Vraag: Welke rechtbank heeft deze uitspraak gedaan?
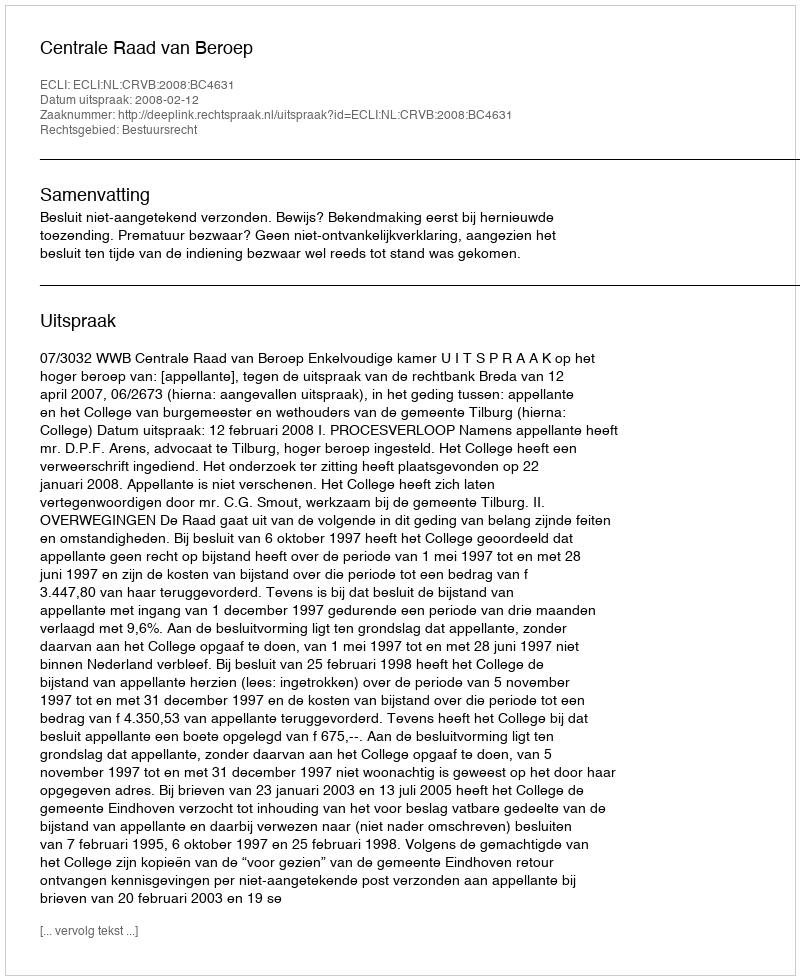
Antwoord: Centrale Raad van Beroep